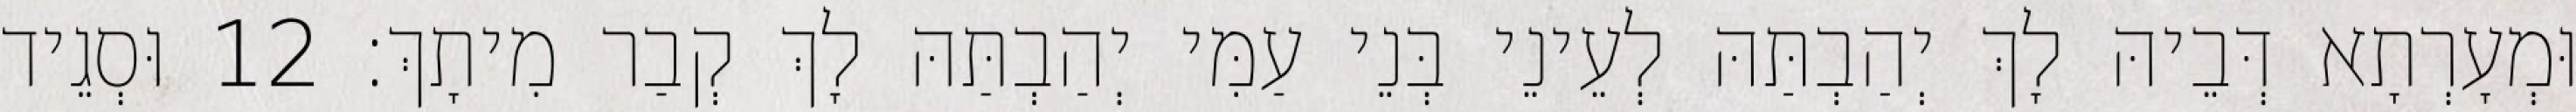
וּמְעָרְתָא דְּבֵיהּ לָךְ יְהַבְתַּהּ לְעֵינֵי בְּנֵי עַמִּי יְהַבְתַּהּ לָךְ קְבַר מִיתָךְ׃ 12 וּסְגֵיד